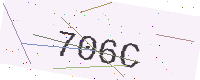
Text: 706C